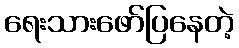
ရေးသားဖော်ပြနေတဲ့